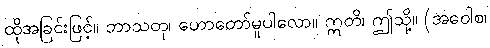
ထိုအခြင်းဖြင့်။ ဘာသတု၊ ဟောတော်မူပါလော။ ဣတိ၊ ဤသို့။ (အဝေါစ၊